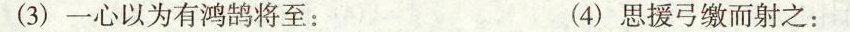
(3)一心以为有鸿鹄将至： (4)思援弓缴而射之：